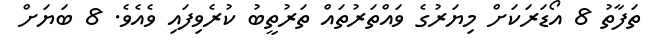
ތަފާތު 8 އޯޑަރަކަށް މިޔަރުގެ ވައްތަރުތައް ތަރުތީބު ކުރެވިފައި ވެއެވެ. 8 ބަޔަށް